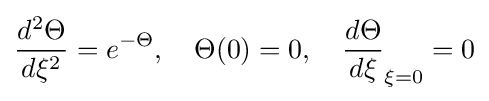
{\frac {d^{2}\Theta }{d\xi ^{2}}}=e^{-\Theta },\quad \Theta (0)=0,\quad {\frac {d\Theta }{d\xi }}_{\xi =0}=0